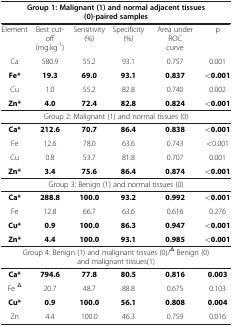
| <COLSPAN=6> Group 1: Malignant (1) and normal adjacent tissues (0)-paired samples |
 | --- | --- | --- | --- | --- | --- |
 | Element | Best cut-off (mg.kg-1) | Sensitivity (%) | Specificity (%) | Area under ROC curve | p |
 | Ca | 580.9 | 55.2 | 93.1 | 0.757 | 0.001 |
 | Fe* | 19.3 | 69.0 | 93.1 | 0.837 | <0.001 |
 | Cu | 1.0 | 55.2 | 82.8 | 0.740 | 0.002 |
 | Zn* | 4.0 | 72.4 | 82.8 | 0.824 | <0.001 |
 | <COLSPAN=6> Group 2: Malignant (1) and normal tissues (0) |
 | Ca* | 212.6 | 70.7 | 86.4 | 0.838 | <0.001 |
 | Fe | 12.6 | 78.0 | 63.6 | 0.743 | <0.001 |
 | Cu | 0.8 | 53.7 | 81.8 | 0.707 | 0.001 |
 | Zn* | 3.4 | 75.6 | 86.4 | 0.874 | <0.001 |
 | <COLSPAN=6> Group 3: Benign (1) and normal tissues (0) |
 | Ca* | 288.8 | 100.0 | 93.2 | 0.992 | <0.001 |
 | Fe | 12.8 | 66.7 | 63.6 | 0.616 | 0.276 |
 | Cu* | 0.9 | 100.0 | 86.3 | 0.947 | <0.001 |
 | Zn* | 4.4 | 100.0 | 93.1 | 0.985 | <0.001 |
 | <COLSPAN=6> Group 4: Benign (1) and malignant tissues (0)/Δ Benign (0) and malignant tissues(1) |
 | Ca* | 794.6 | 77.8 | 80.5 | 0.816 | 0.003 |
 | Fe Δ | 20.7 | 48.7 | 88.8 | 0.675 | 0.103 |
 | Cu* | 0.9 | 100.0 | 56.1 | 0.808 | 0.004 |
 | Zn | 4.4 | 100.0 | 46.3 | 0.759 | 0.016 |